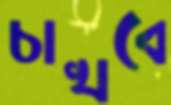
চাখবে